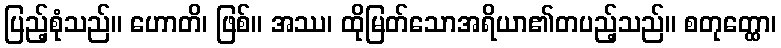
ပြည့်စုံသည်။ ဟောတိ၊ ဖြစ်။ အဿ၊ ထိုမြတ်သောအရိယာ၏တပည့်သည်။ စတုတ္ထော၊